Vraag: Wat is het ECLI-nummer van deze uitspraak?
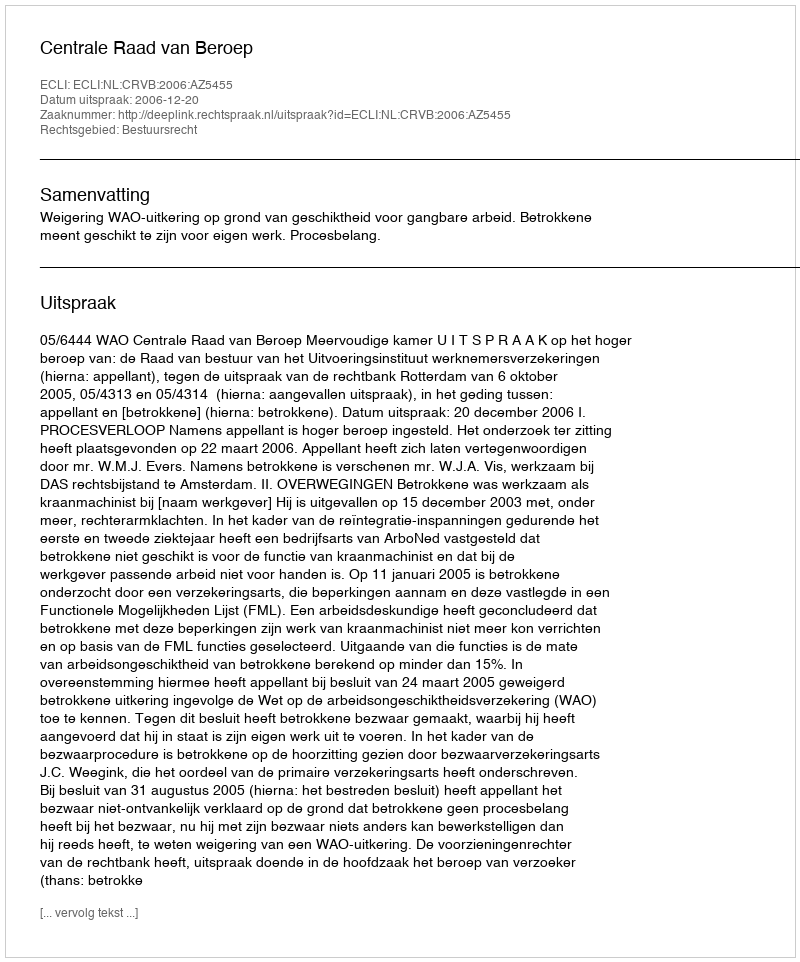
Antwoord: ECLI:NL:CRVB:2006:AZ5455